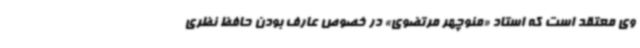
وی معتقد است که استاد «منوچهر مرتضوی» در خصوص عارف بودن حافظ نظری